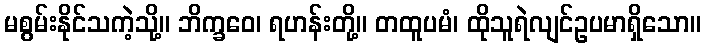
မစွမ်းနိုင်သကဲ့သို့။ ဘိက္ခဝေ၊ ရဟန်းတို့။ တထူပမံ၊ ထိုသူရဲလျင်ဥပမာရှိသော။